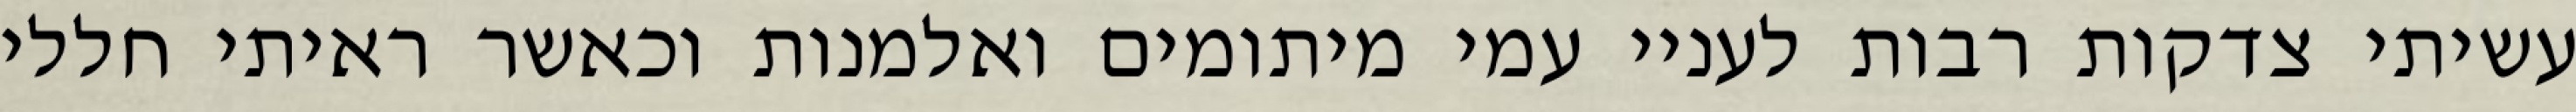
עשיתי צדקות רבות לעניי עמי מיתומים ואלמנות וכאשר ראיתי חללי